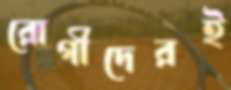
রোগীদেরই